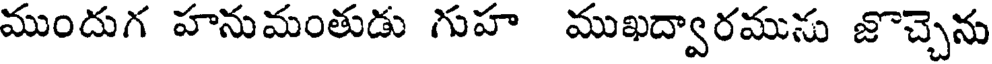
ముందుగ హనుమంతుడు గుహ ముఖద్వారమును జొచ్చెను